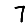
Digit: 7